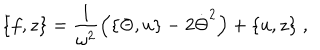
LaTeX: \{ f , z \} = \frac { 1 } { \omega ^ { 2 } } \left( \{ \Theta , u \} - 2 \dot { \Theta } ^ { 2 } \right) + \{ u , z \} \; ,